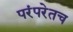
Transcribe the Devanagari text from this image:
परंपरेतच